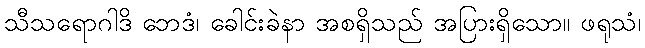
သီသရောဂါဒိ ဘေဒံ၊ ခေါင်းခဲနာ အစရှိသည် အပြားရှိသော။ ဖရုသံ၊